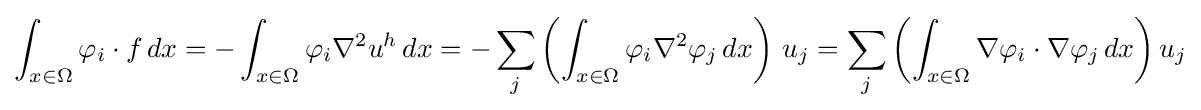
\int _{x\in \Omega }\varphi _{i}\cdot f\,dx=-\int _{x\in \Omega }\varphi _{i}\nabla ^{2}u^{h}\,dx=-\sum _{j}\left(\int _{x\in \Omega }\varphi _{i}\nabla ^{2}\varphi _{j}\,dx\right)\,u_{j}=\sum _{j}\left(\int _{x\in \Omega }\nabla \varphi _{i}\cdot \nabla \varphi _{j}\,dx\right)u_{j}